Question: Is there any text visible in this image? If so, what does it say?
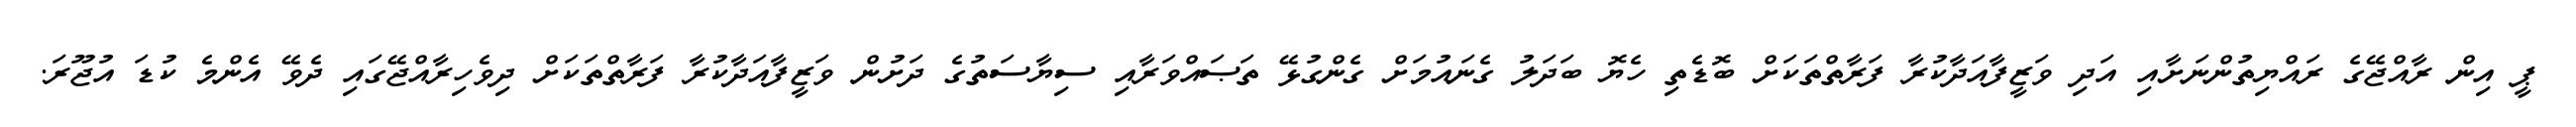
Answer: ޕީ އިން ރާއްޖޭގެ ރައްޔިތުންނަށާއި އަދި ވަޒީފާއަދާކުރާ ފަރާތްތަކަށް ބޮޑެތި ހެޔޮ ބަދަލު ގެނައުމަށް ގެންގުޅޭ ތަޞައްވަރާއި ސިޔާސަތުގެ ދަށުން ވަޒީފާއަދާކުރާ ފަރާތްތަކަށް ދިވެހިރާއްޖޭގައި ދެވޭ އެންމެ ކުޑަ އުޖޫރަ.